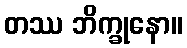
တဿ ဘိက္ခုနော။